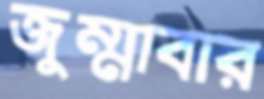
জুম্মাবার